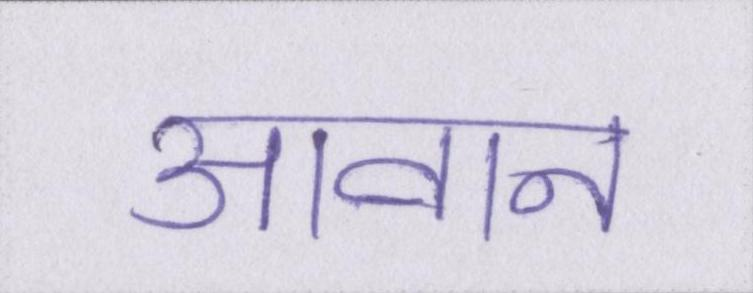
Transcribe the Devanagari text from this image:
आवान